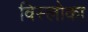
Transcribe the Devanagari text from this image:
विस्लोका